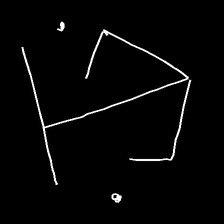
Glyph: earth